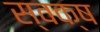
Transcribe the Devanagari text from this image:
स्वक्ष